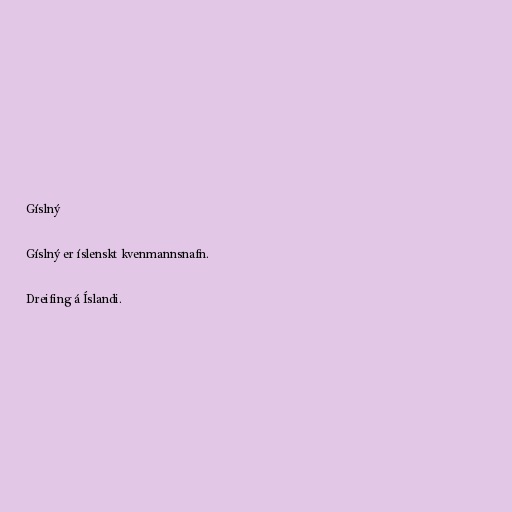
Gíslný

Gíslný er íslenskt kvenmannsnafn.

Dreifing á Íslandi.